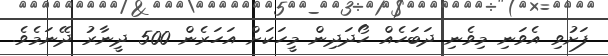
ފަށުވި އެވަނި މިވެނި ދަބަހެއް ހޯދަދިން މީހަކަށް އަހަރެން 500 ދީނާރު ދޭނަމެވެ.